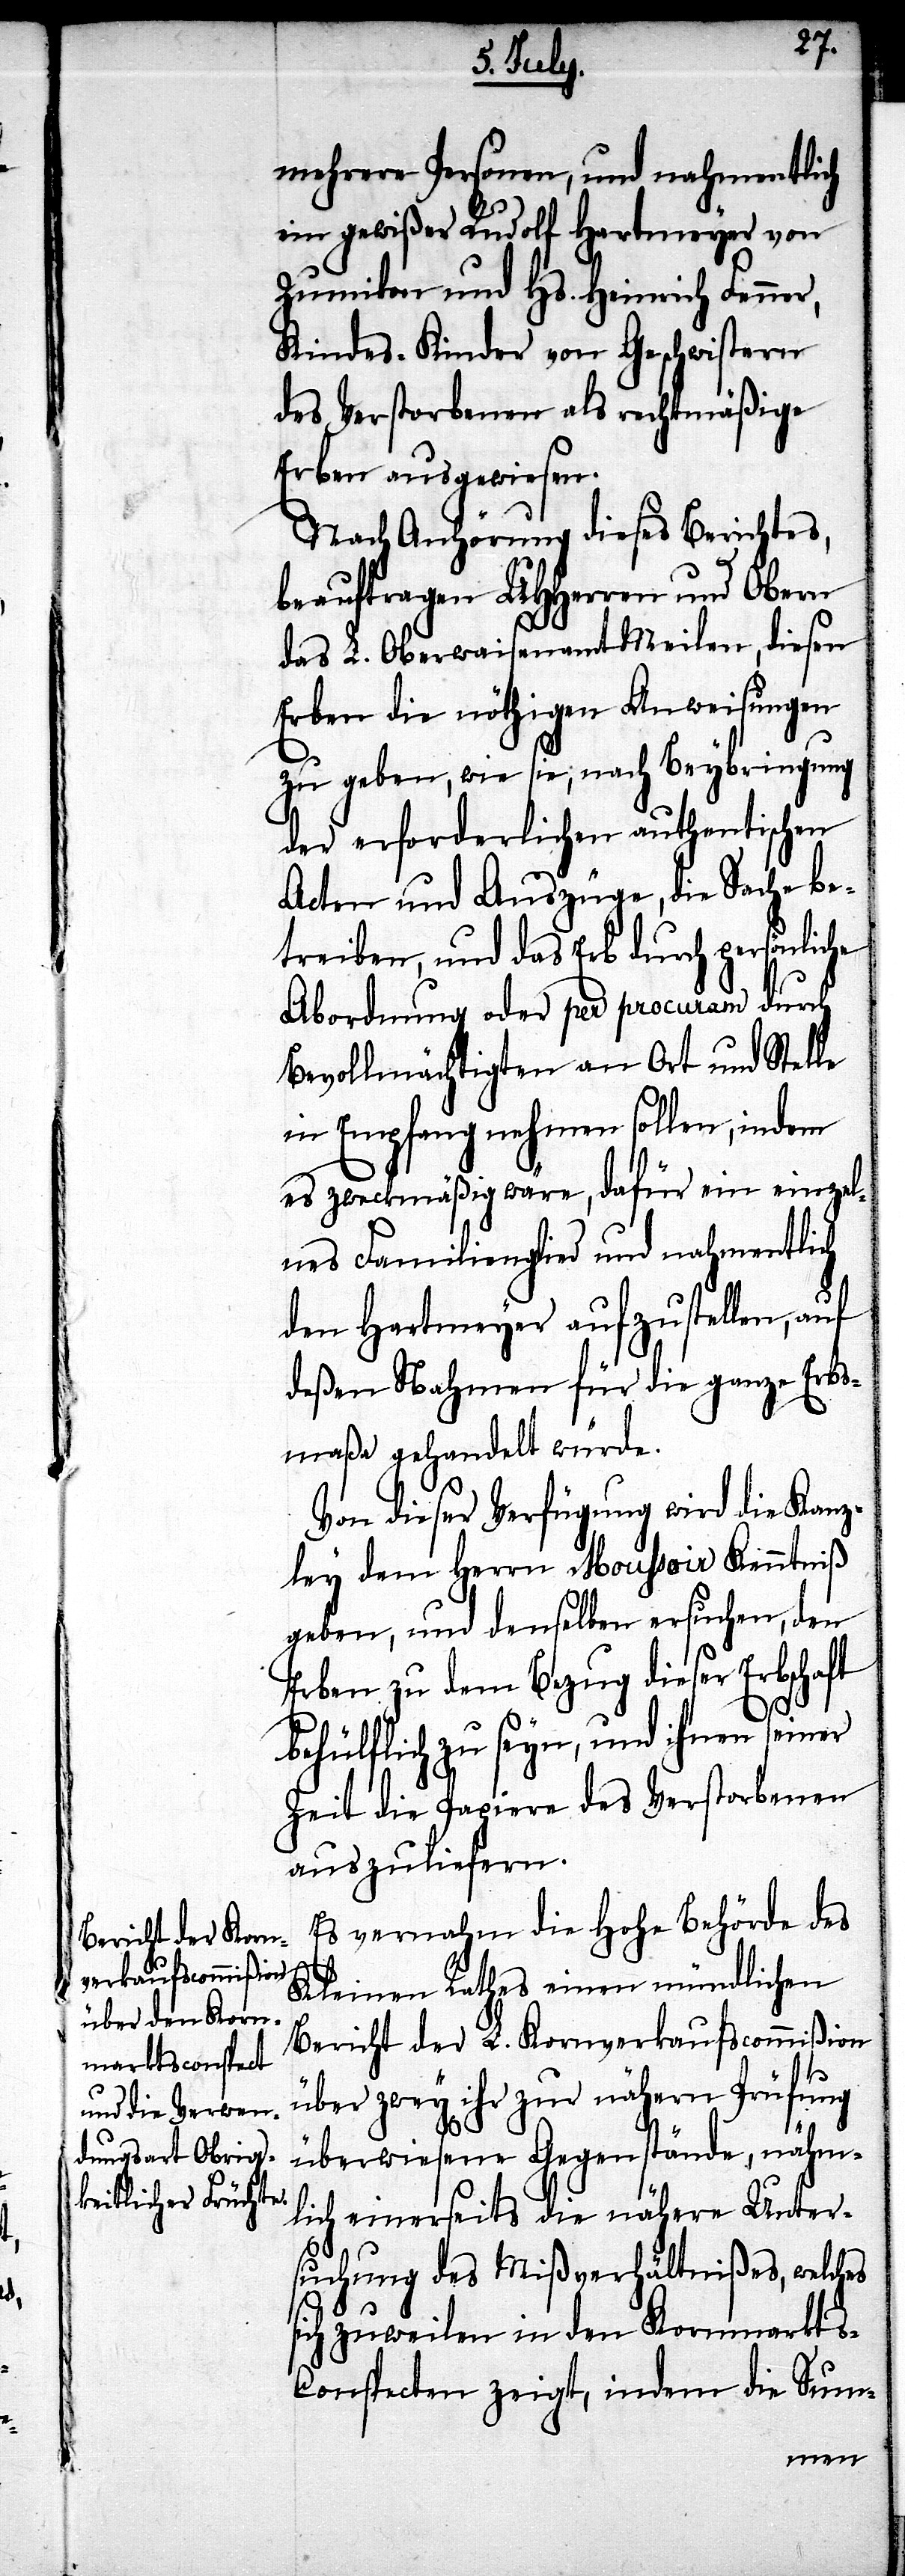
Personen, und nahmentlich
ein gewißer Rudolf Hartmeyer von
Zumikon und Hs. Heinrich Fenner,
Kindes-Kinder von Geschwistern
des Verstorbenen als rechtmäßige
Erben ausgewiesen.
Nach Anhörung dieses Berichtes,
beauftragten UHHerren und Obern
das L. Oberwaisenamt Meilen, diesen
Erben die nöthigen Anweisungen
zu geben, wie sie, nach Beybringung
der erforderlichen authentischen
Acten und Auszüge, die Sache be¬
treiben, und das Erb durch persönliche
Abordnung oder per procuram durch
Bevollmächtigten an Ort und Stelle
in Empfang nehmen sollen, indem
es zweckmäßig wäre, dafür ein einzel¬
nes Familienmitglied und nahmentlich
den Hartmeyer aufzustellen, auf
deßen Nahmen für die ganze Erbs¬
maßa gehandelt würde.
Von dieser Verfügung wird die Kanz¬
ley dem Herrn Moussoir Kenntniß
geben, und denselben ersuchen, den
Erben zu dem Bezug dieser Erbschaft
behülflich zu seyn, und ihnen seiner
Zeit die Papiere des Verstorbenen
auszuliefern.
Es vernahm die hohe Behörde des
Kleinen Rathes einen mündlichen
Bericht der L. Kornverkaufscommißion
über zwey ihr zur nähern Prüfung
überwiesene Gegenstände, nähm¬
lich einerseits die nähere Unter¬
suchung des Mißverhältnißes, welches
sich zuweilen in den Kornmarkts-C¬
onspecten zeigt, indem die Sum-